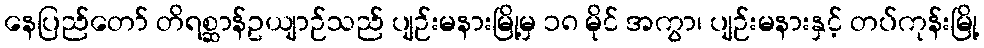
နေပြည်တော် တိရစ္ဆာန်ဥယျာဉ်သည် ပျဉ်းမနားမြို့မှ ၁၈ မိုင် အကွာ၊ ပျဉ်းမနားနှင့် တပ်ကုန်းမြို့